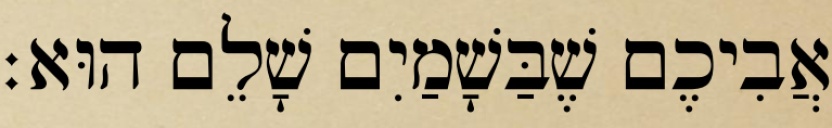
אֲבִיכֶם שֶׁבַּשָׁמַיִם שָׁלֵם הוּא׃